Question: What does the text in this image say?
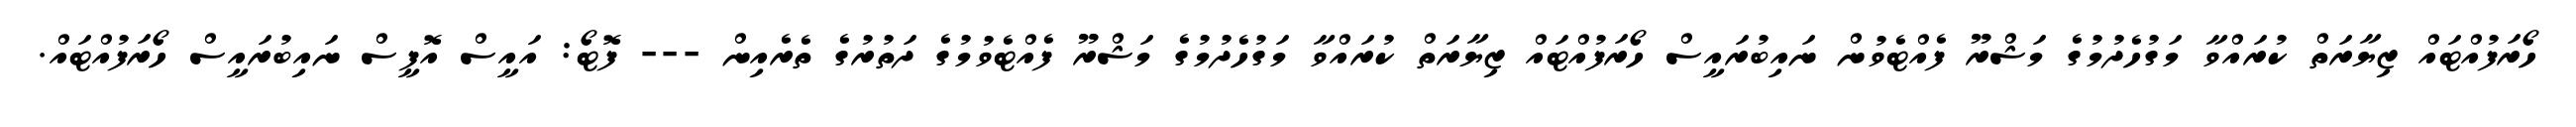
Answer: ހޯރަފުއްޓައް ޒިޔާރަތް ކުރައްވާ މަގުހެދުމުގެ މަޝްރޫ ފެއްޓެވުން ނައިބުރައީސް ހޯރަފުއްޓައް ޒިޔާރަތް ކުރައްވާ މަގުހެދުމުގެ މަޝްރޫ ފެއްޓެވުމުގެ ދަތުރުގެ ތެރެއިން --- ފޮޓޯ: އައީސް އޮފީސް ނައިބުރައީސް ހޯރަފުއްޓައް.